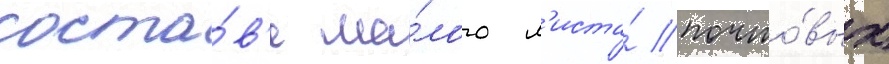
соста́в'е ма́лого л'иста́ почто́вых